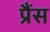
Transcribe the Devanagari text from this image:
प्रैंस